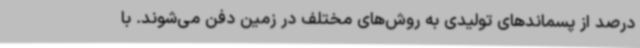
درصد از پسماندهای تولیدی به روش‌های مختلف در زمین دفن می‌شوند. با